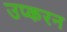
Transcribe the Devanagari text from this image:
उप्करन